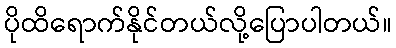
ပိုထိရောက်နိုင်တယ်လို့ပြောပါတယ်။